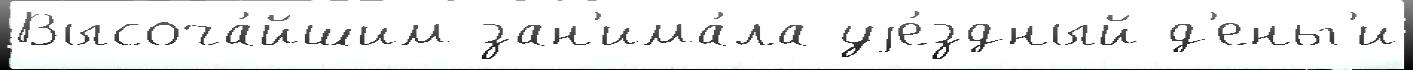
Высоча́йшим зан'има́ла уjе́здный д'еньг'и